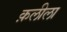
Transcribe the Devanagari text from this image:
क़लीला